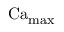
\operatorname { C a } _ { \operatorname* { m a x } }